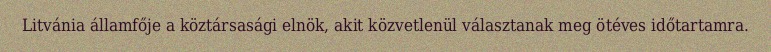
Litvánia államfője a köztársasági elnök, akit közvetlenül választanak meg ötéves időtartamra.